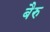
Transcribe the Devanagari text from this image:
बैरु